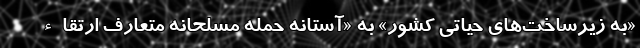
«به زیرساخت‌های حیاتی کشور» به «آستانه حمله مسلحانه متعارف ارتقاء